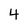
Character: 4